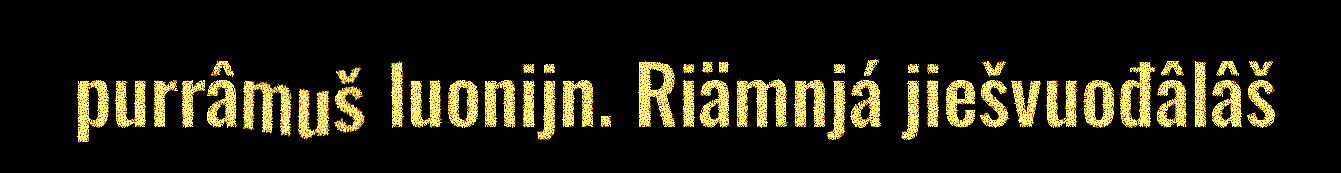
purrâmuš luonijn. Riämnjá jiešvuođâlâš